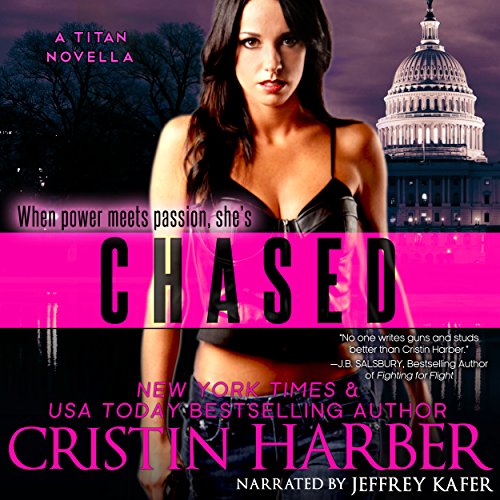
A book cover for Chased: A Novella: Titan, Book 3.5; Cristin Harber; Literature & Fiction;